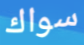
سواك